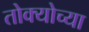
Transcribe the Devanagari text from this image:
तोक्योच्या